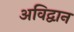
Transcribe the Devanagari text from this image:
अविद्वान